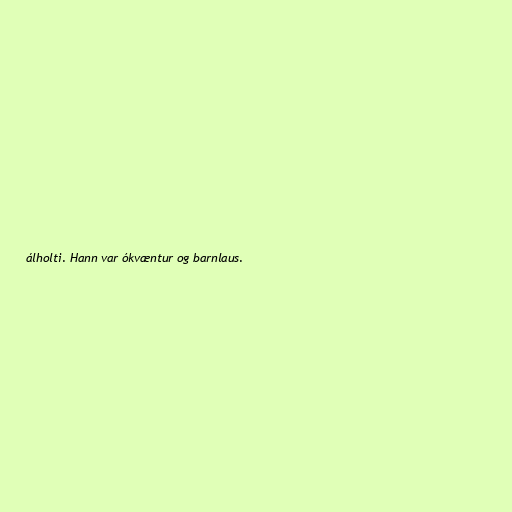
álholti. Hann var ókvæntur og barnlaus.